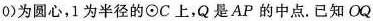
0 )为圆心，1为半径的\odot C上，Q是AP的中点.已知OQ